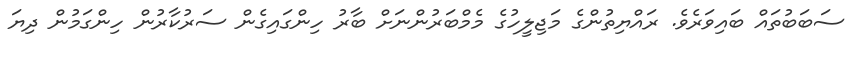
ސަބަބުތައް ބައިވަރެވެ. ރައްޔިތުންގެ މަޖިލީހުގެ މެމްބަރުންނަށް ބާރު ހިންގައިގެން ސަރުކާރުން ހިންގަމުން ދިޔަ